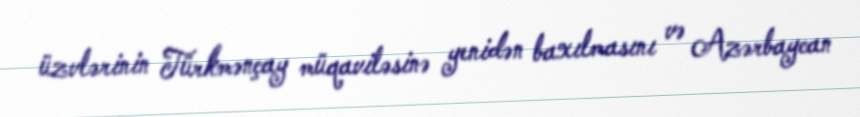
üzvlərinin Türkmənçay müqaviləsinə yenidən baxılmasını və Azərbaycan